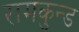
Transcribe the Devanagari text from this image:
रामकुन्ड